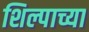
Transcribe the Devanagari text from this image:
शिल्पाच्या